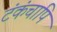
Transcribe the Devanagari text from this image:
टंकंचापि